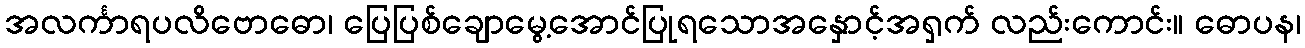
အလင်္ကာရပလိဗောဓော၊ ပြေပြစ်ချောမွေ့အောင်ပြုရသောအနှောင့်အရှက် လည်းကောင်း။ ဓောပန၊